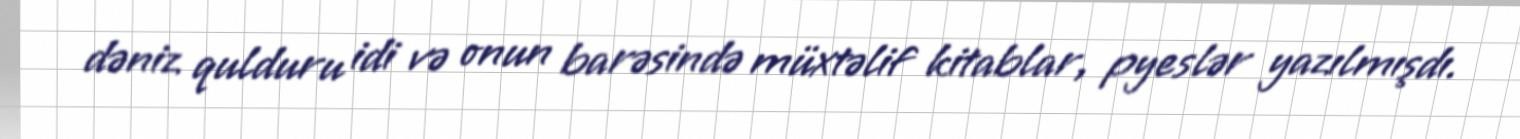
dəniz qulduru idi və onun barəsində müxtəlif kitablar, pyeslər yazılmışdı.